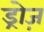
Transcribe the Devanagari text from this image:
ड्रोज़